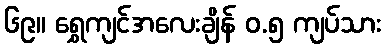
၆၉။ ရွှေကျင်အလေးချိန် ၀.၅ ကျပ်သား